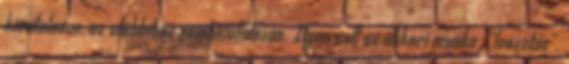
hivatalosan, az utóbbihoz nemhivatalosan. Ilyen volt az akko­ri munka-„leosztás”.